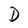
Character: D